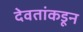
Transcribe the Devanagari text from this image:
देवतांकडून